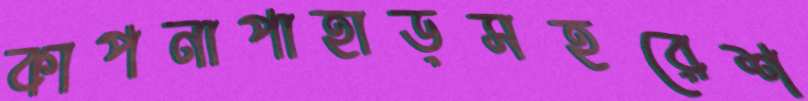
কাপনাপাহাড়সহরেশ